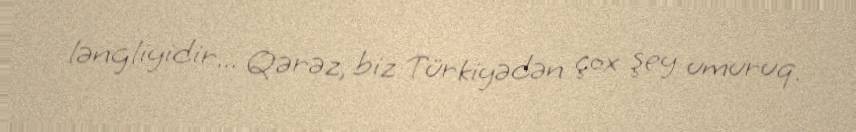
ləngliyidir... Qərəz, biz Türkiyədən çox şey umuruq.